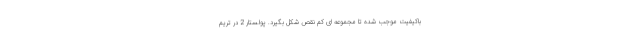
باکیفیت موجب شده تا مجموعه ای کم نقص شکل بگیرد. پولستار 2 در تریم